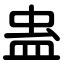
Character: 蛊